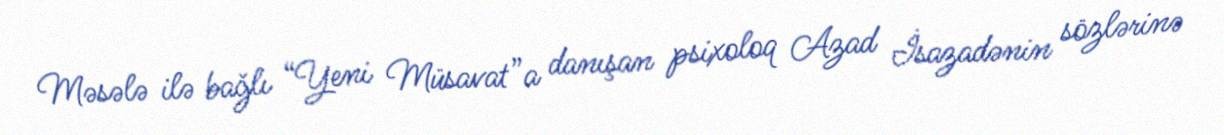
Məsələ ilə bağlı “Yeni Müsavat”a danışan psixoloq Azad İsazadənin sözlərinə